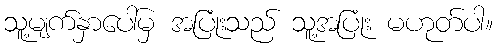
သူ့မျက်နှာပေါ်မှ အပြုံးသည် သူ့အပြုံး မဟုတ်ပါ။